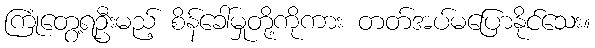
ကြုံတွေ့ရဦးမည့် စိန်ခေါ်မှုတို့ကိုကား တတ်အပ်မပြောနိုင်သေး။